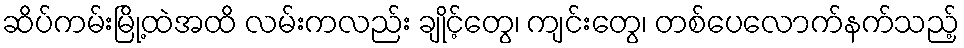
ဆိပ်ကမ်းမြို့ထဲအထိ လမ်းကလည်း ချိုင့်တွေ၊ ကျင်းတွေ၊ တစ်ပေလောက်နက်သည့်